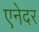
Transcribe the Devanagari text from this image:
एनेदर